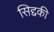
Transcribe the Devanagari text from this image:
सिद्दकी